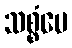
သစ္စံပေ